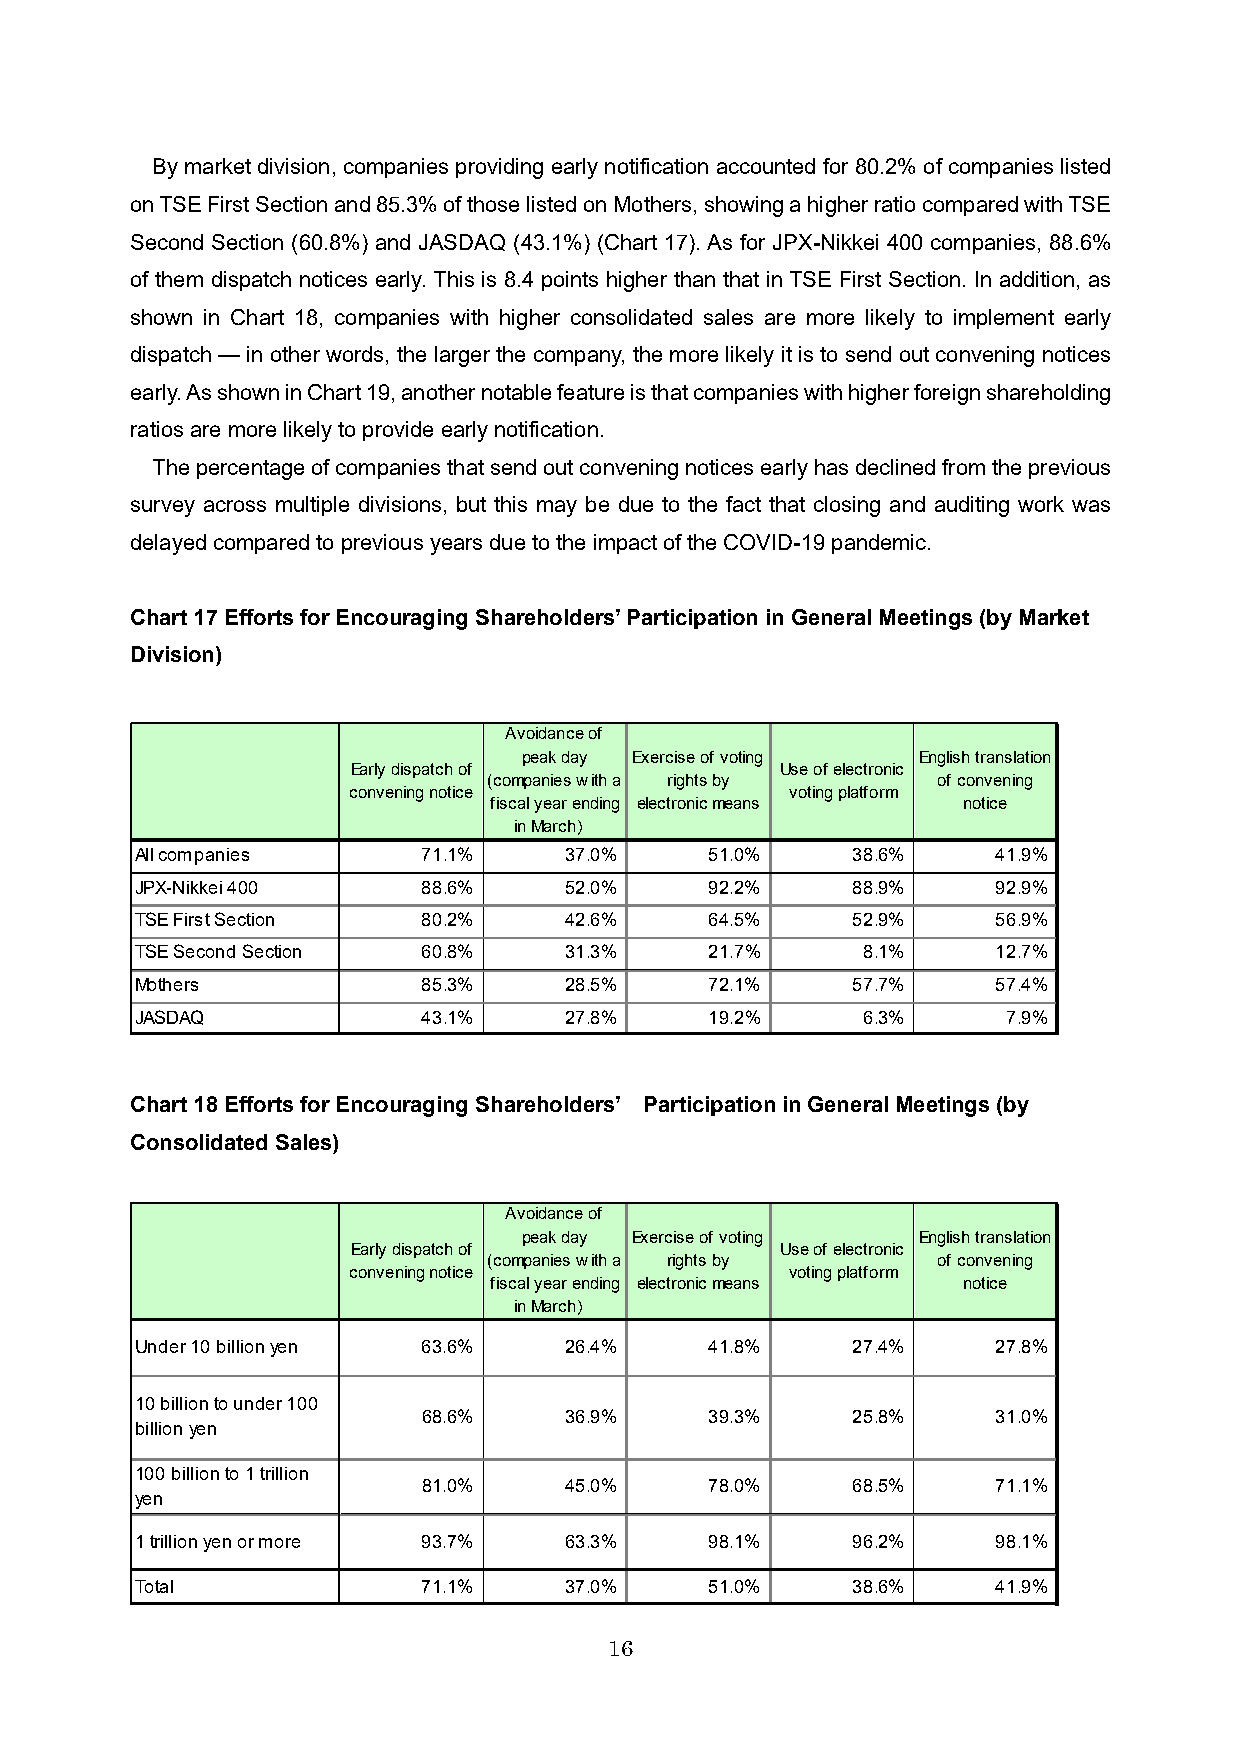
By market division, companies providing early notification accounted for 80.2% of companies listed
 on TSE First Section and 85.3% of those listed on Mothers, showing a higher ratio compared with TSE
 Second Section (60.8%) and JASDAQ (43.1%) (Chart 17). As for JPX-Nikkei 400 companies, 88.6%
 of them dispatch notices early. This is 8.4 points higher than that in TSE First Section. In addition, as
 shown in Chart 18, companies with higher consolidated sales are more likely to implement early
 dispatch —in other words, the larger the company, the more likely it is to send out convening notices
 early. As shown in Chart19, another notable feature is that companies with higher foreign shareholding
 ratios are more likely to provide early notification.
 The percentage of companies that send out convening notices early has declined from the previous
 survey across multiple divisions, but this may be due to the fact that closing and auditing work was
 delayed compared to previous years due to the impact of the COVID-19 pandemic.
 Chart 17Efforts for Encouraging Shareholders’ Participation in General Meetings (by Market
 Division)
 Avoidance of
 peak day Exercise of voting English translation
 Early dispatch of            Use of electronic
 (companies with a rights by   of convening
 convening notice             voting platform
 fiscal year ending electronic means notice
 in March）
 All companies      71.1%    37.0%     51.0%    38.6%     41.9%
 JPX-Nikkei 400     88.6%    52.0%     92.2%    88.9%     92.9%
 TSE First Section  80.2%    42.6%     64.5%    52.9%     56.9%
 TSE Second Section 60.8%    31.3%     21.7%     8.1%     12.7%
 Mothers            85.3%    28.5%     72.1%    57.7%     57.4%
 JASDAQ             43.1%    27.8%     19.2%     6.3%      7.9%
 Chart 18Efforts for Encouraging Shareholders’ Participation in General Meetings (by
 Consolidated Sales)
 Avoidance of
 peak day Exercise of voting English translation
 Early dispatch of            Use of electronic
 (companies with a rights by   of convening
 convening notice             voting platform
 fiscal year ending electronic means notice
 in March）
 Under 10 billion yen 63.6%  26.4%     41.8%    27.4%     27.8%
 10 billion to under 100
 68.6%    36.9%     39.3%    25.8%     31.0%
 billion yen
 100 billion to 1 trillion
 81.0%    45.0%     78.0%    68.5%     71.1%
 yen
 1 trillion yen or more 93.7% 63.3%    98.1%    96.2%     98.1%
 Total              71.1%    37.0%     51.0%    38.6%     41.9%
 16